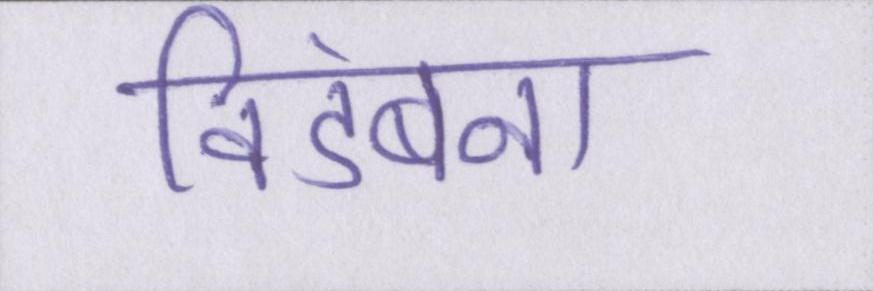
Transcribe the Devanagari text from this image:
विडंबना